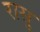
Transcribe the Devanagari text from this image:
रासु